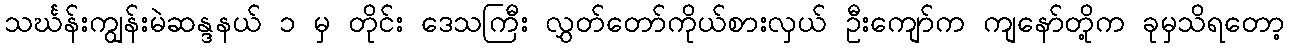
သင်္ဃန်းကျွန်းမဲဆန္ဒနယ် ၁ မှ တိုင်း ဒေသကြီး လွှတ်တော်ကိုယ်စားလှယ် ဦးကျော်က ကျနော်တို့က ခုမှသိရတော့